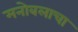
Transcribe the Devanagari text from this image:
मनोबलाचा